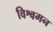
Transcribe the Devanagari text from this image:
विश्वमन